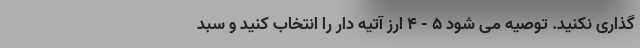
گذاری نکنید. توصیه می شود ۵ - ۴ ارز آتیه دار را انتخاب کنید و سبد